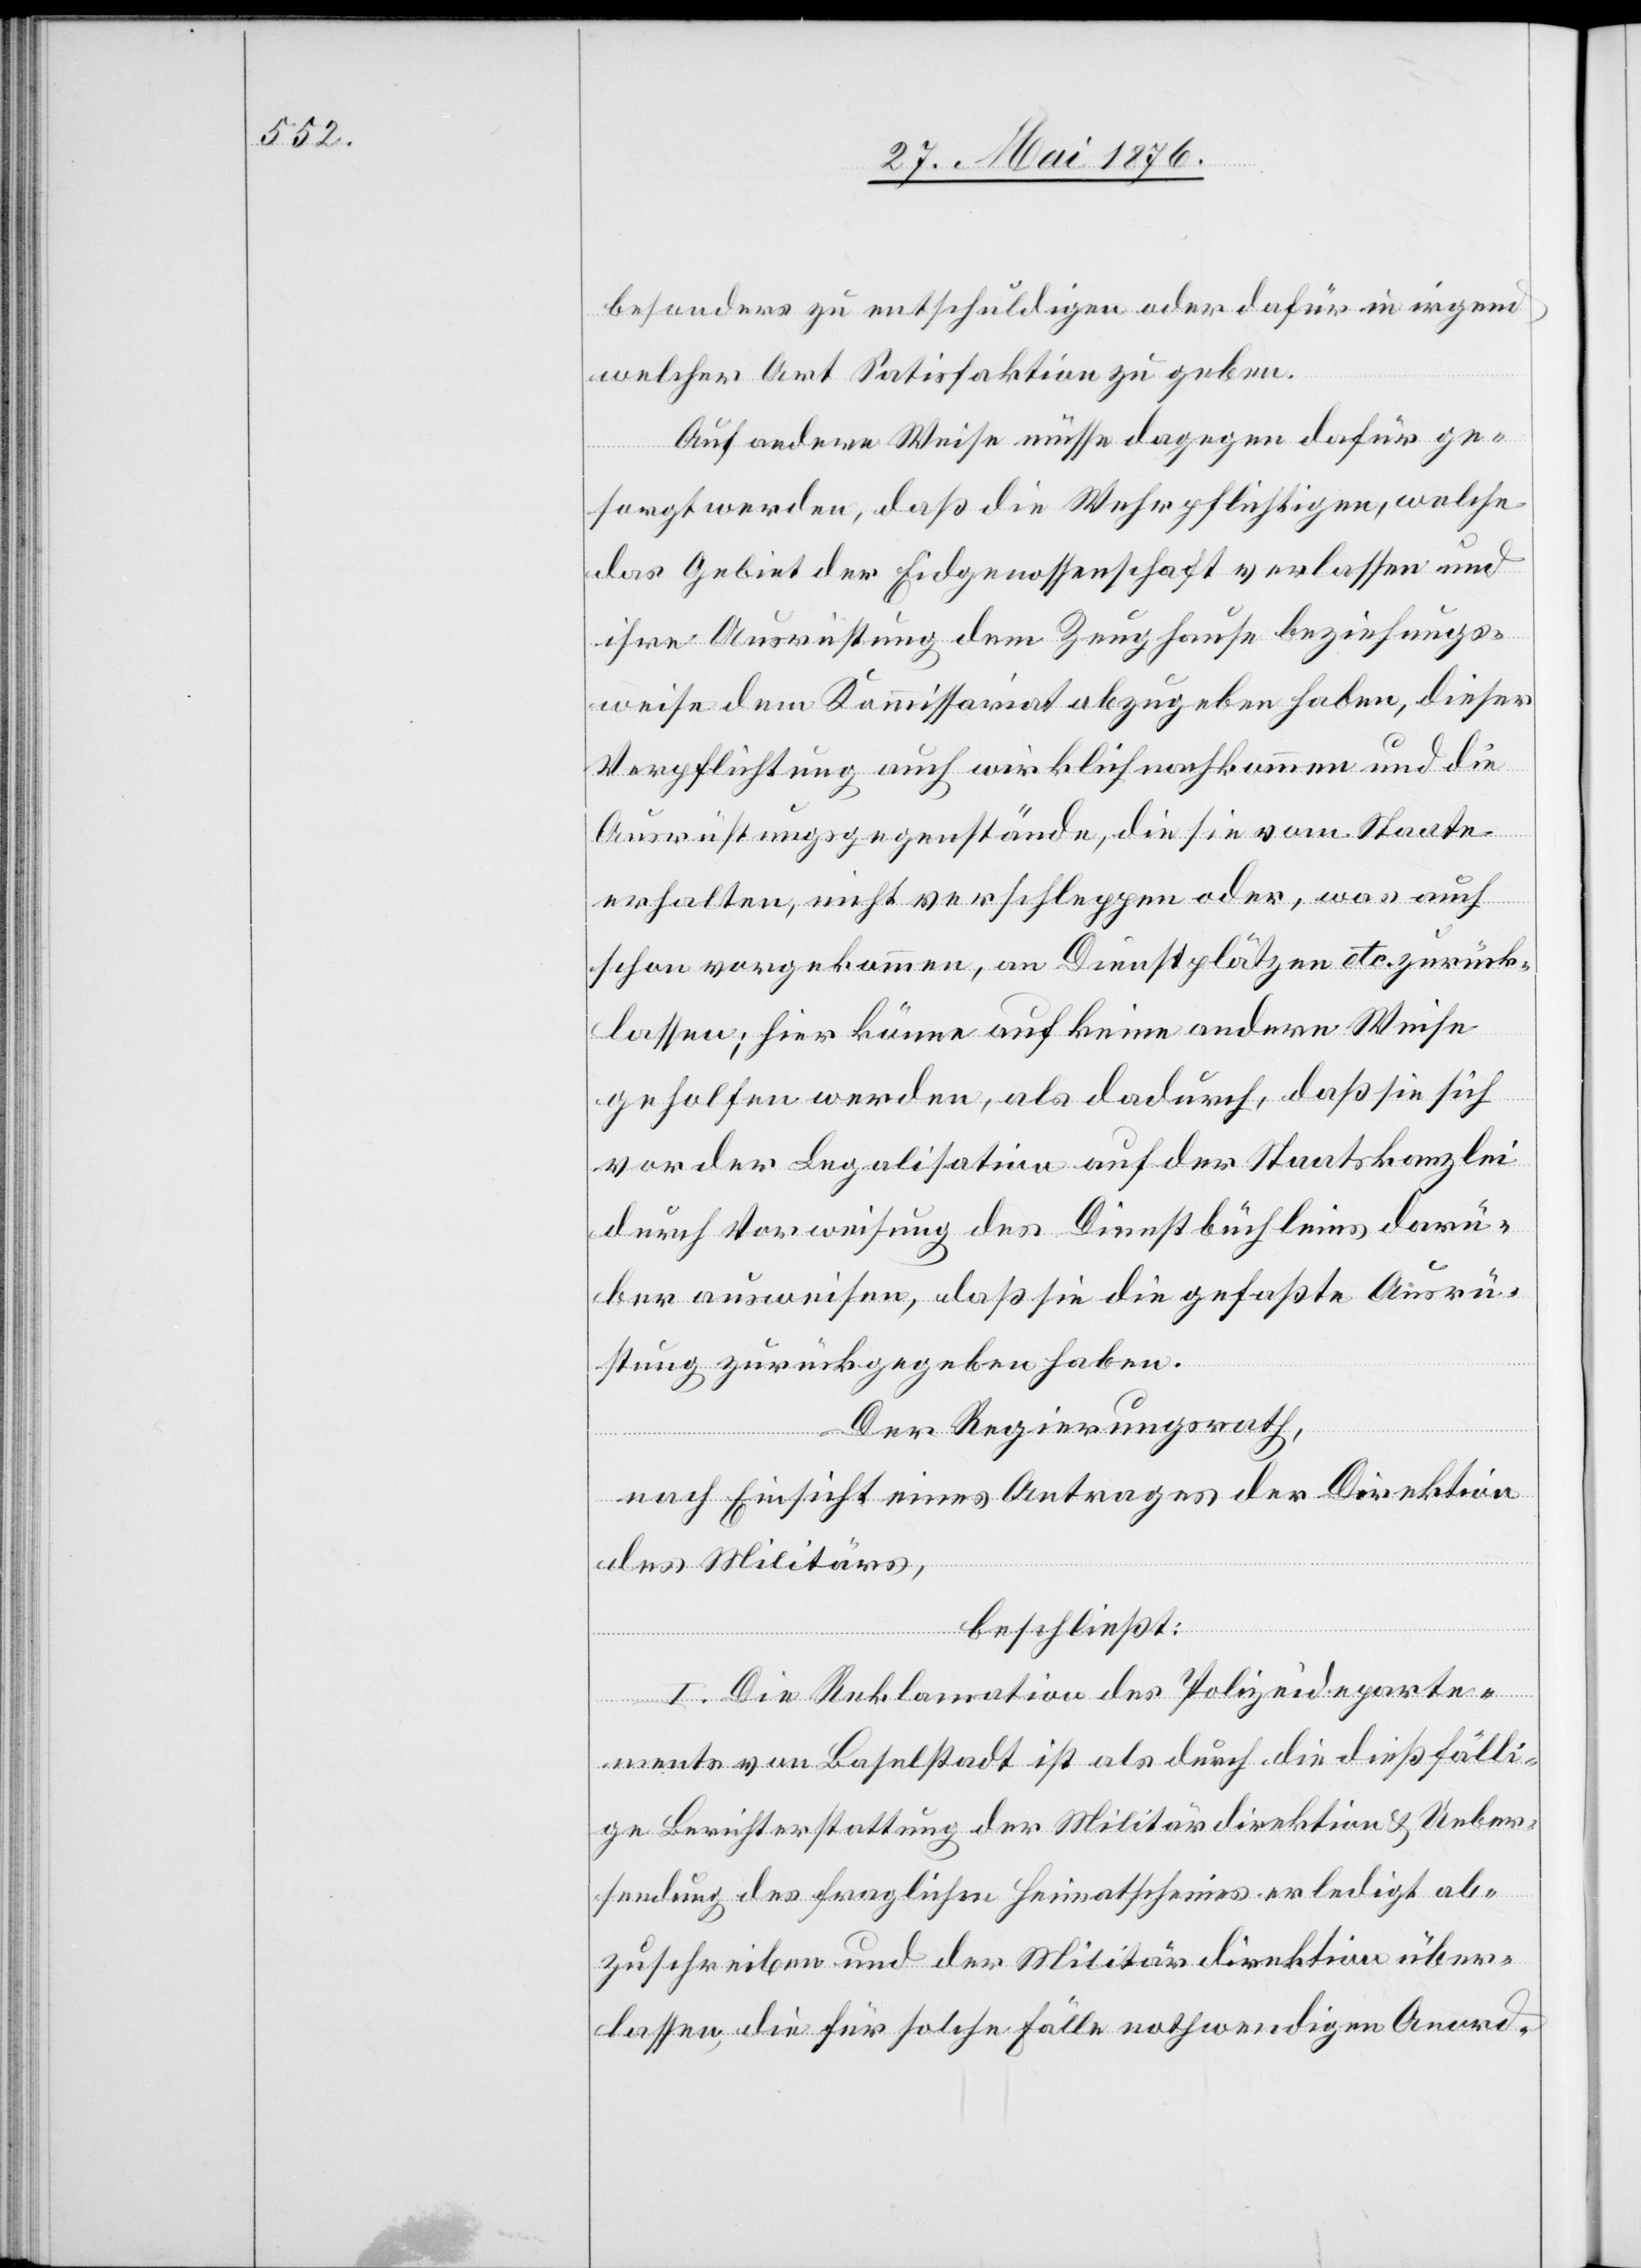
besonders zu entschuldigen oder dafür in irgend
welcher Art Satisfaktion zu geben.
Auf andere Weise müsse dagegen dafür ge¬
sorgt werden, daß die Wehrpflichtigen, welche
das Gebiet der Eidgenossenschaft verlassen und
ihre Ausrichtung dem Zeughause beziehungs¬
weise dem Kommissariat abzugeben haben, dieser
Verpflichtung auch wirklich nachkommen und die
Ausrüstungsgegenstände, die sie vom Staate
erhalten, nicht verschleppen oder, was auch
schon vorgekommen, an Dienstplätzen etc. zurück¬
lassen; hier könne auf keine andere Weise
geholfen werden, als dadurch, daß sie sich
von der Legalisation auf der Staatkanzlei
durch Verweisung des Dienstbüchleins darü¬
ber ausweisen, daß sie die gefaßte Ausrü¬
stung zurückgegeben haben.
Der Regierungsrath,
nach Einsicht eines Antrages der Direktion
des Militärs,
beschließt:
I. Die Reklamation des Polizeideparte¬
ments von Baselstadt ist als durch die dießfälli¬
ge Berichterstattung der Militärdepartement & Ueber¬
sendung des fraglichen Heimatscheines erledigt ab¬
zuschreiben und der Militärdirektion über¬
lassen, die für solche Fälle nothwendigen Anord-